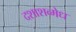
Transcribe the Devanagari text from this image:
दशाशव्मेध